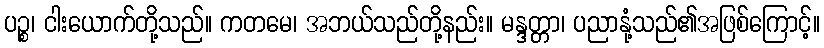
ပဉ္စ၊ ငါးယောက်တို့သည်။ ကတမေ၊ အဘယ်သည်တို့နည်း။ မန္ဒတ္တာ၊ ပညာနုံ့သည်၏အဖြစ်ကြောင့်။